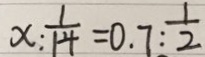
x : \frac { 1 } { 1 4 } = 0 . 7 : \frac { 1 } { 2 }